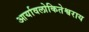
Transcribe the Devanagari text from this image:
आर्यावलोकितेश्वराय